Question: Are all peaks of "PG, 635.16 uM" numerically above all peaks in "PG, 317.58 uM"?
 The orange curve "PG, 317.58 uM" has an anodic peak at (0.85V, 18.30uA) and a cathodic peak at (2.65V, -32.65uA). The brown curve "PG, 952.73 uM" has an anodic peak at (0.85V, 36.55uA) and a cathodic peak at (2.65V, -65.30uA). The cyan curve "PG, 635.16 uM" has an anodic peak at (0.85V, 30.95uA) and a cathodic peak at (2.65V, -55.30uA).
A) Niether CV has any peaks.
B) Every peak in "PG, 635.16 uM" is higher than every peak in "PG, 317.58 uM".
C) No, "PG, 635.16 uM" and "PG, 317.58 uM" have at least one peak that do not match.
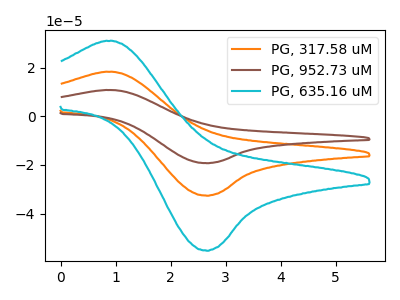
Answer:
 <answer>B) Every peak in "PG, 635.16 uM" is higher than every peak in "PG, 317.58 uM".</answer>
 <eval>B</eval>